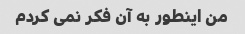
من اینطور به آن فکر نمی کردم